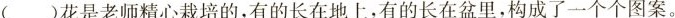
( )花是老师精心栽培的，有的长在地上，有的长在盆里，构成了一个个图案。